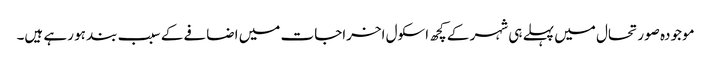
موجودہ صورتحال میں پہلے ہی شہر کے کچھ اسکول اخراجات میں اضافے کے سبب بند ہو رہے ہیں۔